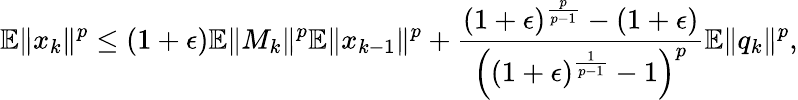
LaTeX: \mathbb{E}\Vert x_{k}\Vert^{p}\leq(1+\epsilon)\mathbb{E}\Vert M_{k}\Vert^{p}\mathbb{E}\Vert x_{k-1}\Vert^{p}+\frac{(1+\epsilon)^{\frac{p}{p-1}}-(1+\epsilon)}{\left((1+\epsilon)^{\frac{1}{p-1}}-1\right)^{p}}\mathbb{E}\Vert q_{k}\Vert^{p},